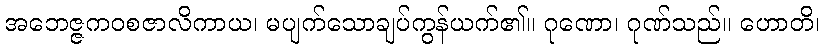
အဘေဇ္ဇကဝစဇာလိကာယ၊ မပျက်သောချပ်ကွန်ယက်၏။ ဂုဏော၊ ဂုဏ်သည်။ ဟောတိ၊